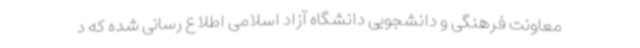
معاونت فرهنگی و دانشجویی دانشگاه آزاد اسلامی اطلاع رسانی شده که د